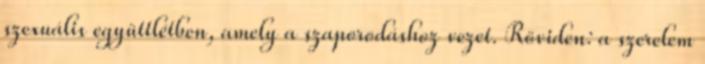
szexuális együttlétben, amely a szaporodáshoz vezet. Röviden: a szerelem